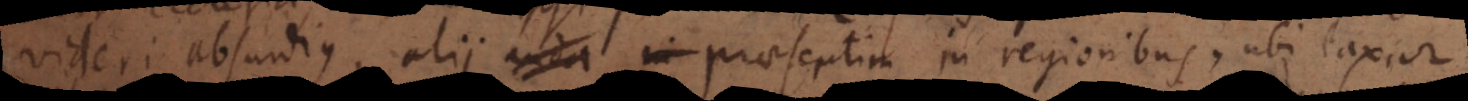
videri absurdius, alii auda in praesertim in regionibus, ubi laxior